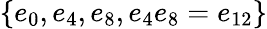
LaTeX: \{ e_{0},e_{4},e_{8},e_{4}e_{8}=e_{12}\}